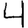
Digit: 4